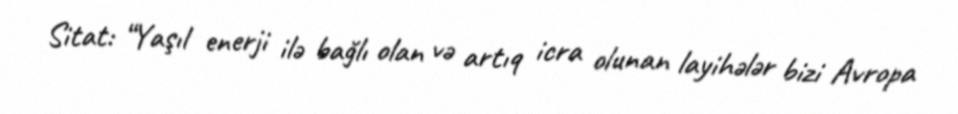
Sitat: “Yaşıl enerji ilə bağlı olan və artıq icra olunan layihələr bizi Avropa